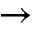
\to